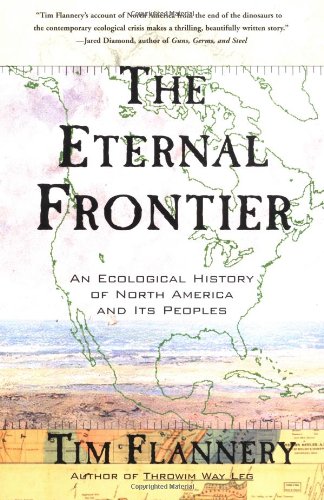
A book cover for The Eternal Frontier: An Ecological History of North America and Its Peoples; Tim Flannery; Science & Math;